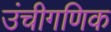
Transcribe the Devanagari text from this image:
उंचीगणिक